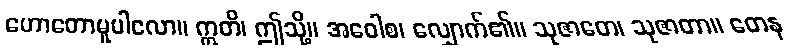
ဟောတောမူပါလော။ ဣတိ၊ ဤသို့။ အဝေါစ၊ လျှောက်၏။ သုဇာတေ၊ သုဇာတာ။ တေန